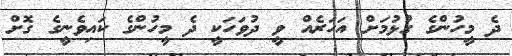
ދެ މީހުންގެ ގުޅުމަށް އަހަރެއް ވީ ދުވަހަކީ ދެ މީހުުންގެ ކައިވެނީގެ ގޮށް